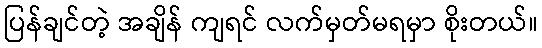
ပြန်ချင်တဲ့ အချိန် ကျရင် လက်မှတ်မရမှာ စိုးတယ်။